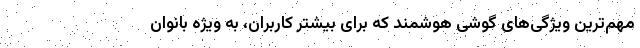
مهم‌ترین ویژگی‌های گوشی هوشمند که برای بیشتر کاربران، به ویژه بانوان